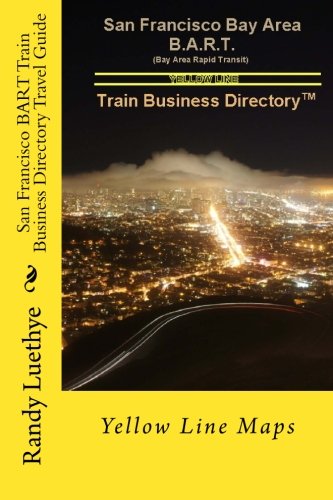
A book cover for San Francisco BART Train Business Directory Travel Guide: Yellow Line Maps; Mr. Randy Luethye; Engineering & Transportation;